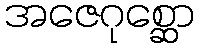
အဇေဂုစ္ဆော